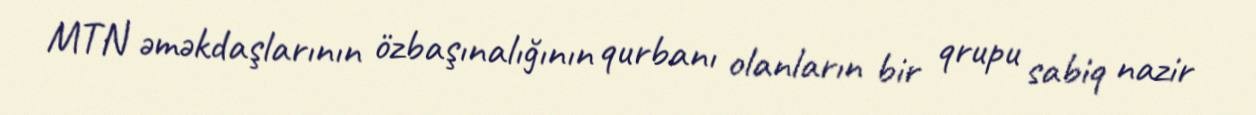
MTN əməkdaşlarının özbaşınalığının qurbanı olanların bir qrupu sabiq nazir